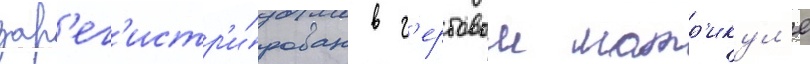
зар'ег'истр'и́рован в г'ербовом матр'икул'е